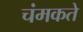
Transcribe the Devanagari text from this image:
चंमकते